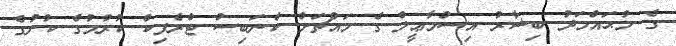
ގެ މުޙައްމަދު ބިޝާރު އިސްމާޢީލް ގެ މައްޗަށް ކެނަބިސް ޓްރެފިކް ކުރުމުގެ ކުށުގެ